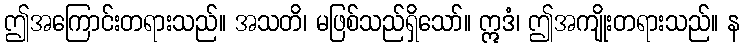
ဤအကြောင်းတရားသည်။ အသတိ၊ မဖြစ်သည်ရှိသော်။ ဣဒံ၊ ဤအကျိုးတရားသည်။ န